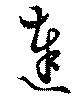
達